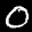
Label: 0